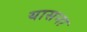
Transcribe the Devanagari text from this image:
यासना